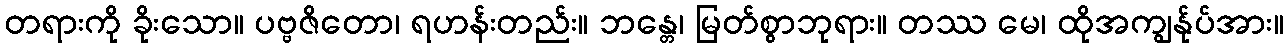
တရားကို ခိုးသော။ ပဗ္ဗဇိတော၊ ရဟန်းတည်း။ ဘန္တေ၊ မြတ်စွာဘုရား။ တဿ မေ၊ ထိုအကျွန်ုပ်အား။